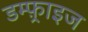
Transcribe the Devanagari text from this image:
डम्फ़्राइज